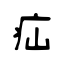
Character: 疝